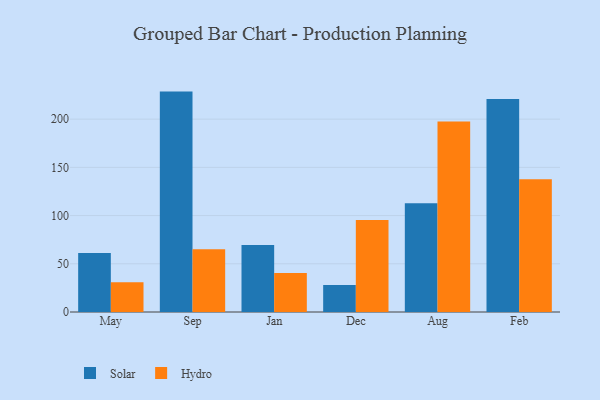
{"axis": {"x": "Month", "y": "Demand Index"}, "legend": ["Hydro", "Solar"], "data": [{"x": "May", "y": 61.3, "type": "Solar"}, {"x": "May", "y": 30.8, "type": "Hydro"}, {"x": "Sep", "y": 228.6, "type": "Solar"}, {"x": "Sep", "y": 65.2, "type": "Hydro"}, {"x": "Jan", "y": 69.6, "type": "Solar"}, {"x": "Jan", "y": 40.5, "type": "Hydro"}, {"x": "Dec", "y": 28.1, "type": "Solar"}, {"x": "Dec", "y": 95.3, "type": "Hydro"}, {"x": "Aug", "y": 112.8, "type": "Solar"}, {"x": "Aug", "y": 197.6, "type": "Hydro"}, {"x": "Feb", "y": 221.0, "type": "Solar"}, {"x": "Feb", "y": 137.6, "type": "Hydro"}]}